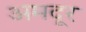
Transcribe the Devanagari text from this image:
अमदूर